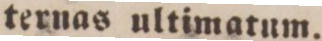
ternas ultimatum.